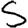
Digit: 5